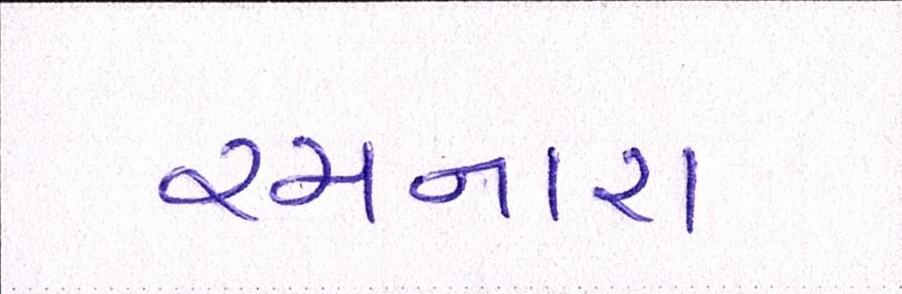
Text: રચનારા